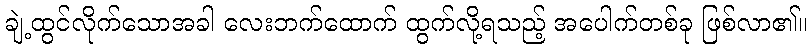
ချဲ့ထွင်လိုက်သောအခါ လေးဘက်ထောက် ထွက်လို့ရသည့် အပေါက်တစ်ခု ဖြစ်လာ၏။